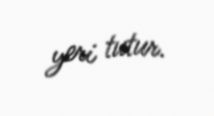
yeri tutur.